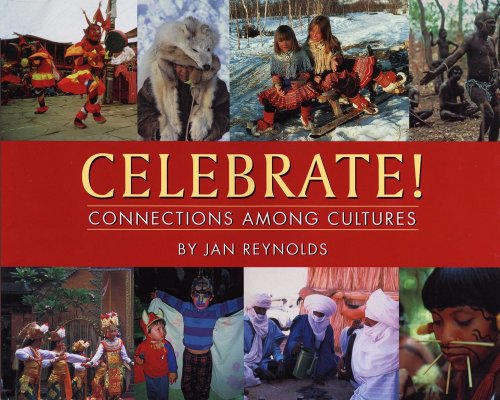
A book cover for Celebrate!: Connections Among Cultures; Jan Reynolds; Children's Books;